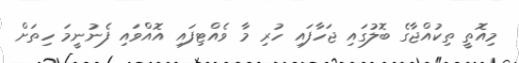
މިއޮތީ ތިކުއްޖާގެ ބޮލުގައި ޖަހާފައި ހުރި މާ ވެއްޓިފައި އޮއްވައި ފެނުނީމަ ހިތަށް